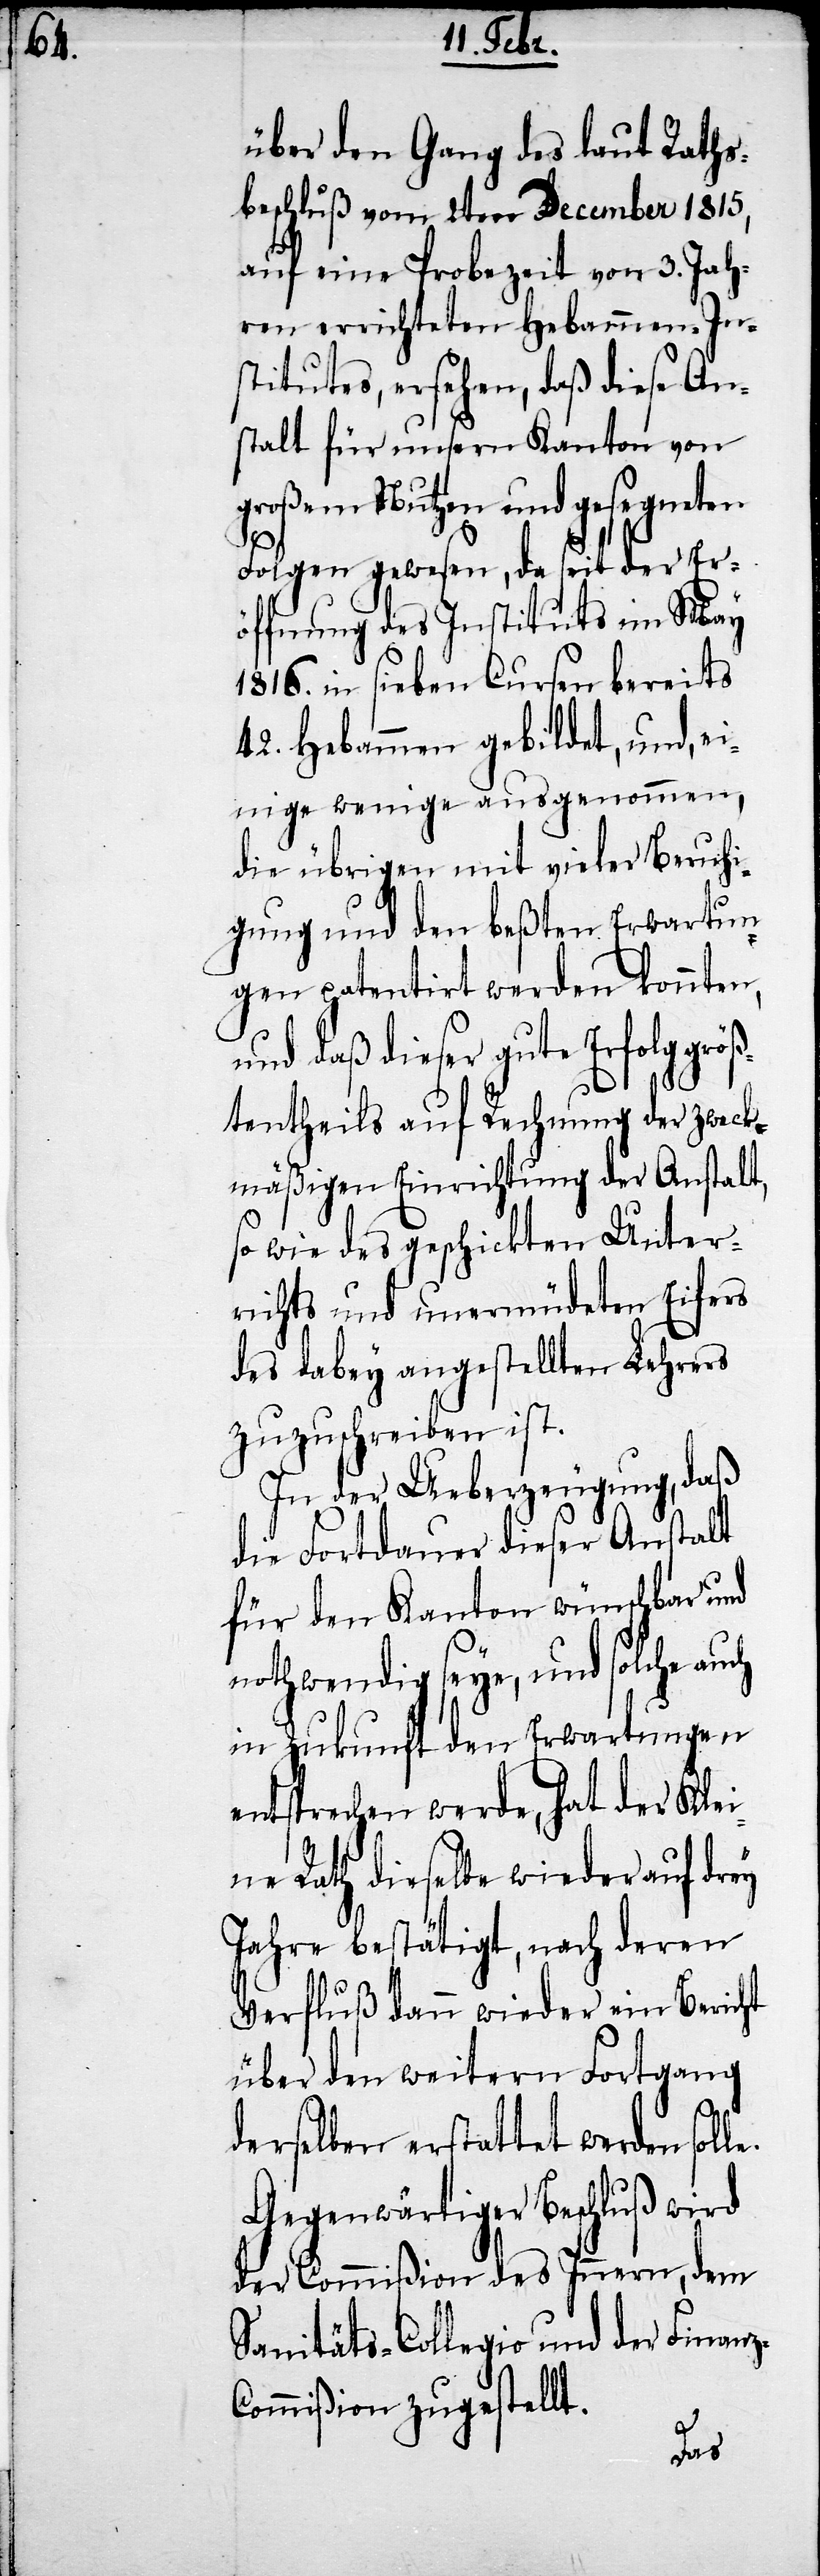
z-C¬

über den Gang des laut Raths¬
beschluß vom 2ten December 1815,
auf eine Probezeit von 3. Jah¬
ren errichteten Hebammen-In¬
stitutes, ersehen, daß diese An¬
stalt für unsern Kanton von
großem Nutzen und gesegneten
Folgen gewesen, da seit der Er¬
öffnung des Instituts im May
1816. in sieben Cursen bereits
42. Hebammen gebildet, und, ei¬
nige wenige ausgenommen,
die übrigen mit vieler Beruhi¬
gung und den beßten Erwartun¬
gen patentirt werden konnten,
und daß dieser gute Erfolg grö¬
ßtentheils auf Rechnung der zweck¬
mäßigen Einrichtung der Anstalt,
so wie des geschickten Unter¬
richts und unermüdeten Eifers
des dabey angestellten Lehrers
zuzuschreiben ist.
In der Ueberzeugung, daß
die Fortdauer dieser Anstalt
für den Kanton wünschbar und
nothwendig seye, und solche auch
in Zukunft den Erwartungen
entsprechen werde, hat der Klei¬
ne Rath dieselbe wieder auf drey
Jahre bestätigt, nach deren
Verfluß dann wieder ein Bericht
über den weitern Fortgang
derselben erstattet werden soll¬
Gegenwärtiger Beschluß wird
der Commißion des Innern, dem
Sanitäts-Collegio und der Finan¬
ommißion zugestellt.